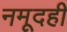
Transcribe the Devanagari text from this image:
नमूदही